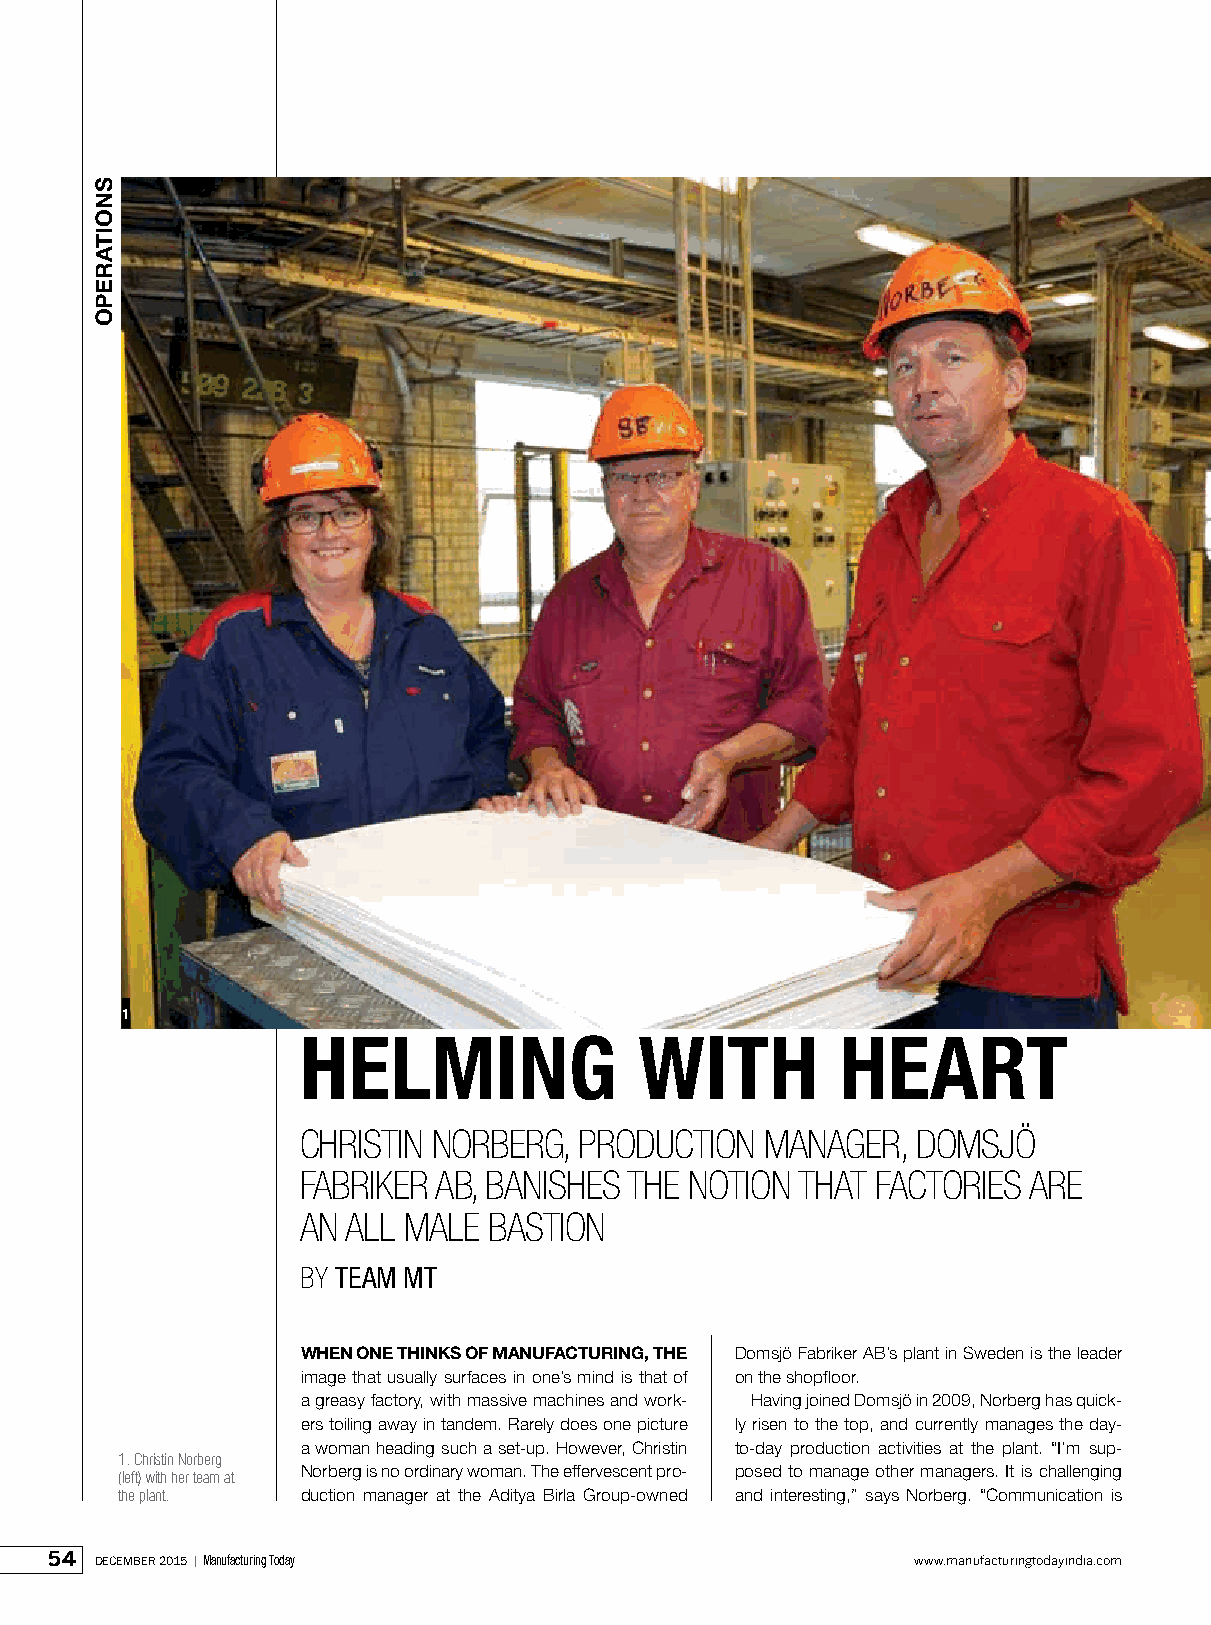
1
 Helming               witH          Heart
 Christin norberg, produCtion   manager,  domsjö
 Fabriker ab, banishes the notion that FaCtories are
 an all male bastion
 by TeAM MT
 When one thinks of manufacturing, the Domsjö Fabriker AB’s plant in Sweden is the leader
 image that usually surfaces in one’s mind is that of on the shopfloor.
 a greasy factory, with massive machines and work- Having joined Domsjö in 2009, Norberg has quick-
 ers toiling away in tandem. Rarely does one picture ly risen to the top, and currently manages the day-
 a woman heading such a set-up. However, Christin to-day production activities at the plant. “I’m sup-
 1. Christin norberg
 (left) with her team at Norberg is no ordinary woman. The effervescent pro- posed to manage other managers. It is challenging
 the plant.  duction manager at the Aditya Birla Group-owned and interesting,” says Norberg. “Communication is
 54 december 2015 | Manufacturing Today                    www.manufacturingtodayindia.com
 snoitarepo